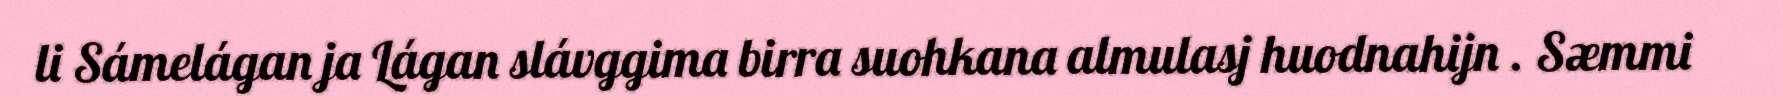
li Sámelágan ja Lágan slávggima birra suohkana almulasj huodnahijn . Sæmmi